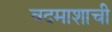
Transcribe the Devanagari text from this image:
बदमाशाची